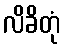
လိခိတုံ